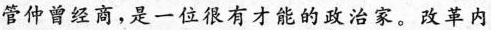
管仲曾经商，是一位很有才能的政治家。改革内